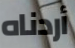
أردناه